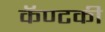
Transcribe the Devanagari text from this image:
कॅण्टकी